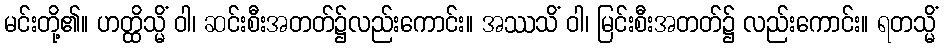
မင်းတို့၏။ ဟတ္ထိသ္မိံ ဝါ၊ ဆင်းစီးအတတ်၌လည်းကောင်း။ အဿသိံ ဝါ၊ မြင်းစီးအတတ်၌ လည်းကောင်း။ ရတသ္မိံ